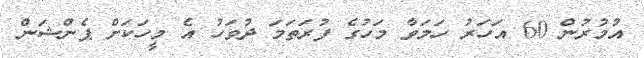
އުމުރުން 60 އަހަރު ހަމަވާ މަހުގެ ފުރަތަމަ ދުވަހު އެ މީހަކަށް ޕެންޝަން